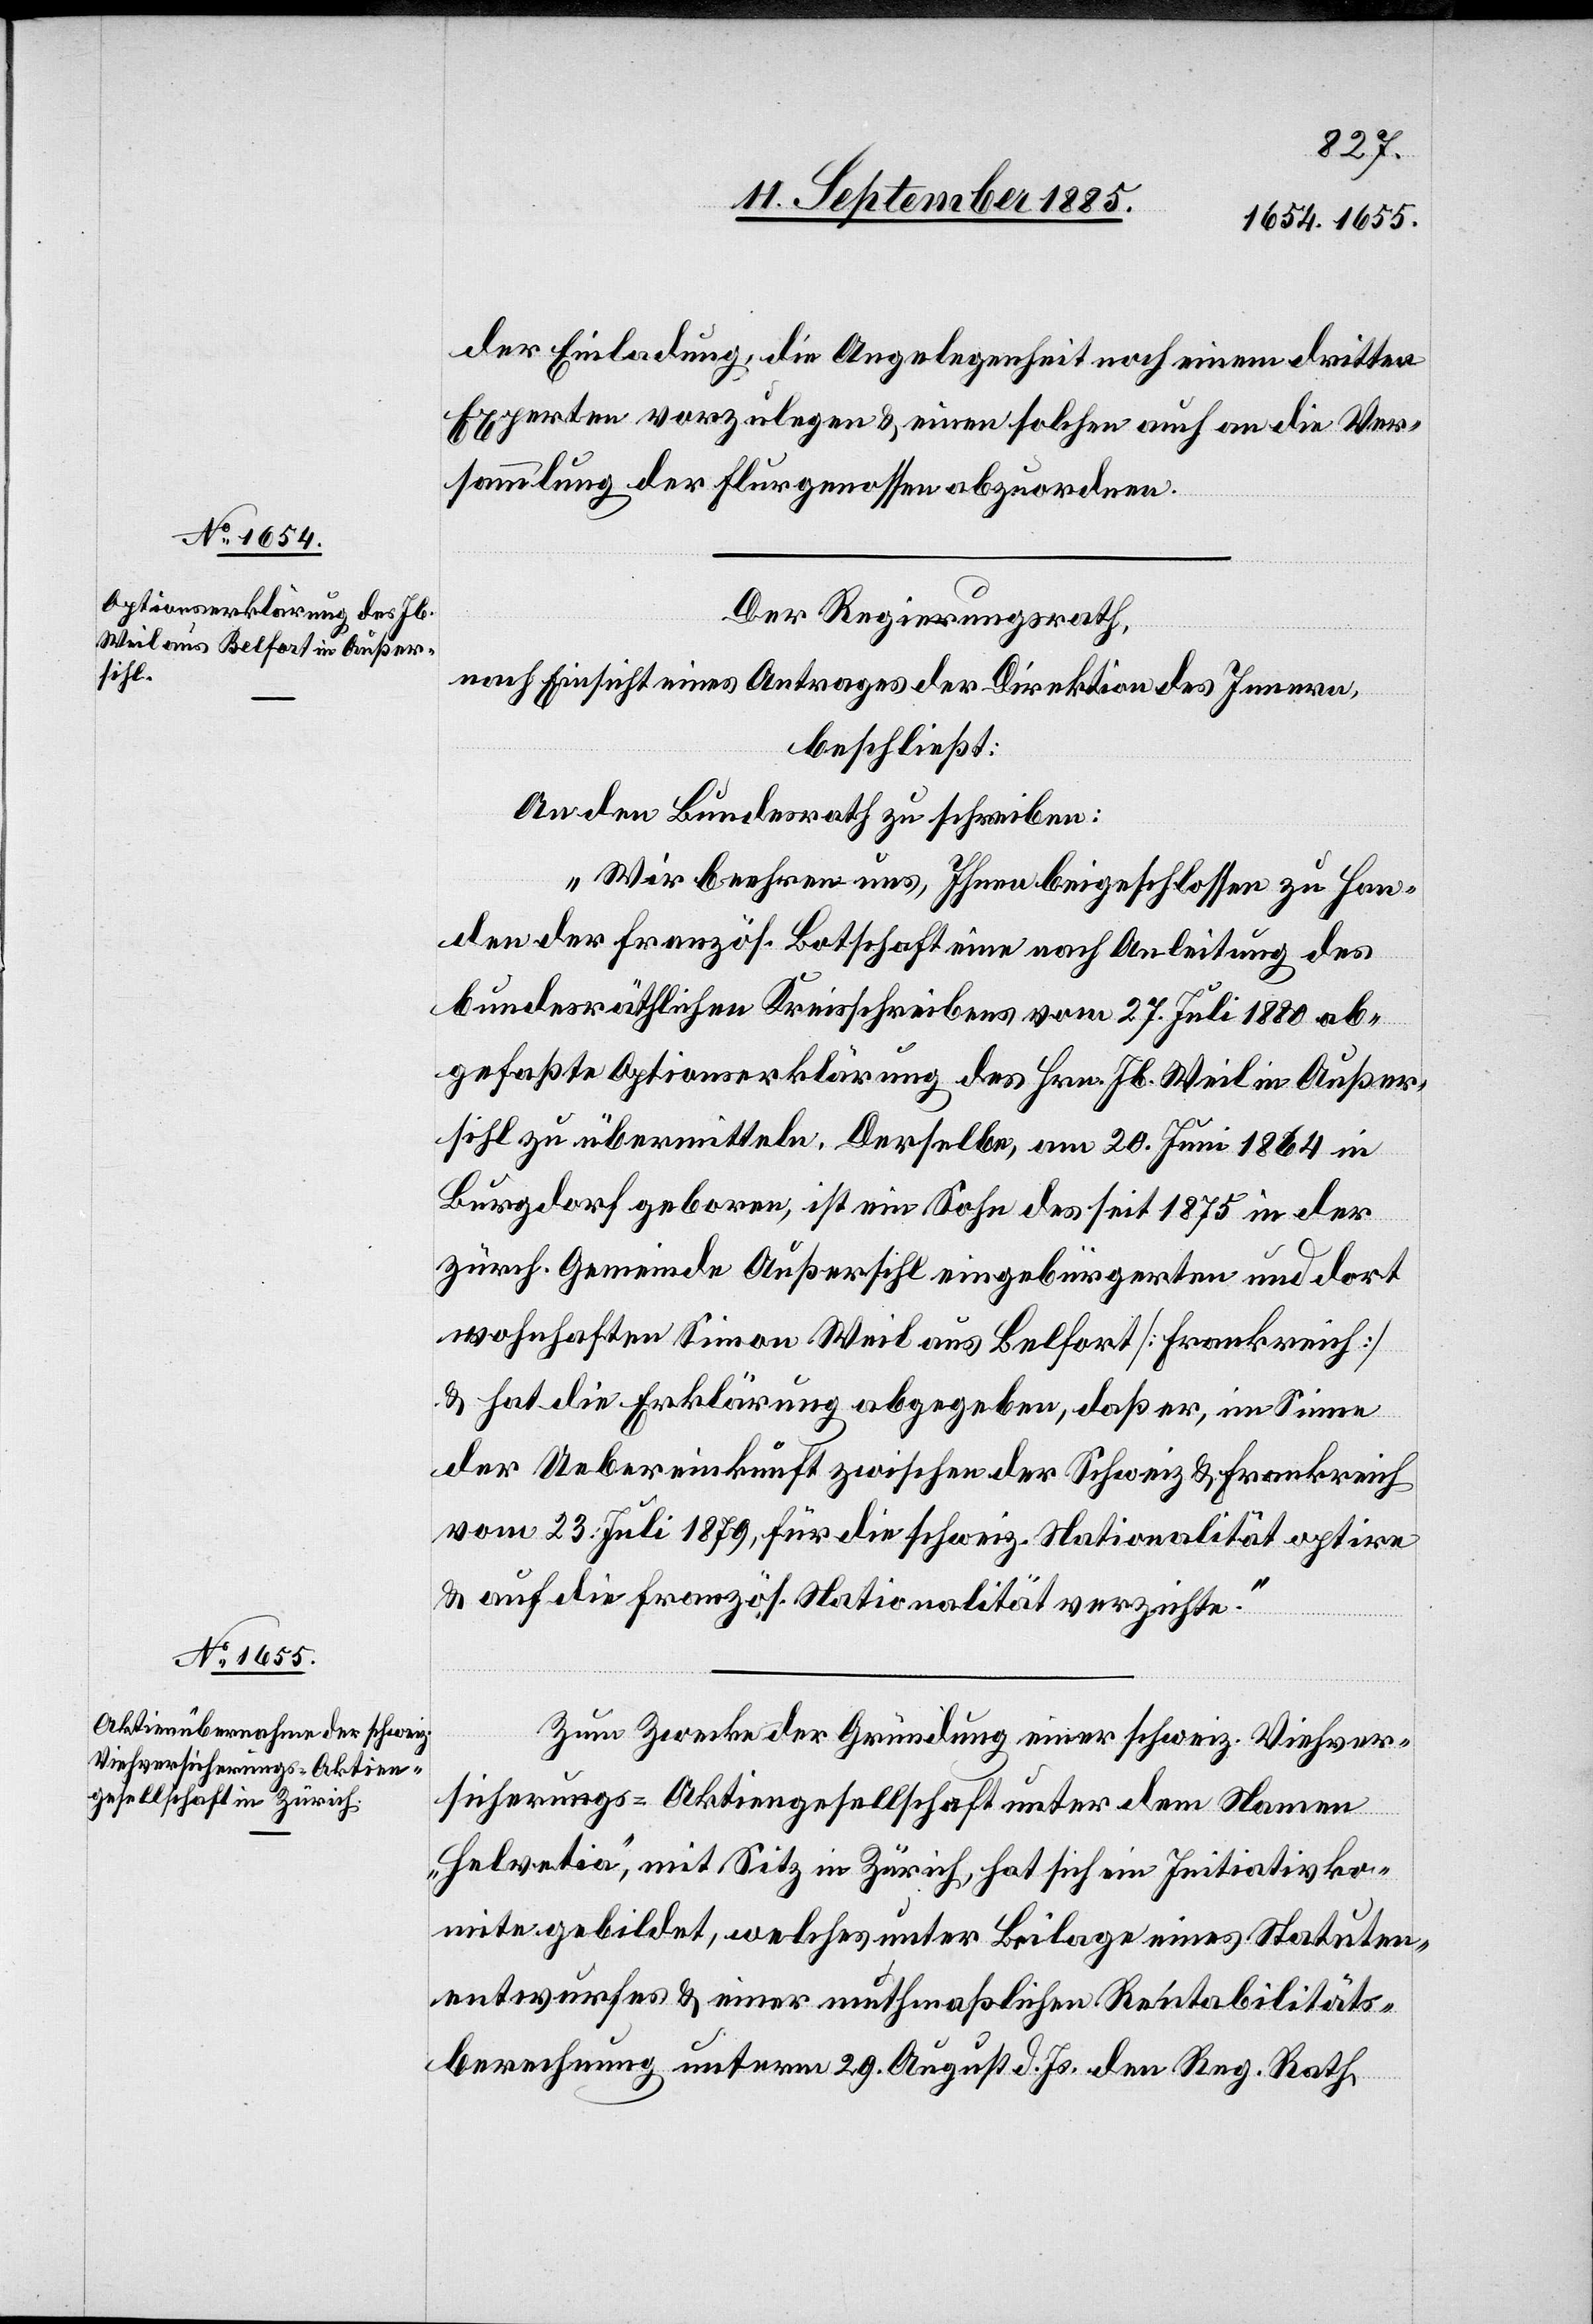
der Einladung, die Angelegenheit noch einem dritten
Experten vorzulegen & einen solchen auch an die Ver¬
sammlung der Flurgenossen abzuordnen.
Der Regierungsrath,
nach Einsicht eines Antrages der Direktion des Innern,
beschließt:
An den Bundesrath zu schreiben:
„Wir beehren uns, Ihnen beigeschlossen zu Han¬
den der französ. Botschaft eine nach Anleitung des
bundesräthlichen Kreisschreibens vom 27. Juli 1880 ab¬
gefaßte Optionserklärung des Hrn. Jb. Weil in Außer¬
sihl zu übermitteln. Derselbe, am 20. Juni 1864 in
Burgdorf geboren, ist ein Sohn des seit 1875 in der
zürch. Gemeinde Außersihl eingebürgerten und dort
wohnhaften Simon Weil aus Belfort [Frankreich]
& hat die Erklärung abgegeben, daß er, im Sinne
der Uebereinkunft zwischen der Schweiz & Frankreich
vom 23. Juli 1879, für die schweiz. Nationalität optire
& auf die französ. Nationalität verzichte.“
Zum Zwecke der Gründung einer schweiz. Viehver¬
sicherungs-Aktiengesellschaft unter dem Namen
„Helvetia“, mit Sitz in Zürich, hat sich ein Initiativko¬
mite gebildet, welches unter Beilage eines Statuten¬
entwurfes & eines muthmaßlichen Rentabilitäts¬
berechnung unterm 29. August d. Js. den Reg. Rath.